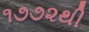
૧૭૭૨થી